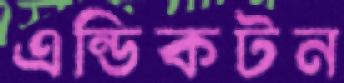
এন্ডিকটন